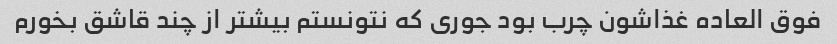
فوق العاده غذاشون چرب بود جوری که نتونستم بیشتر از چند قاشق بخورم